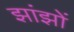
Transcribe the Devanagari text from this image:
झांझों